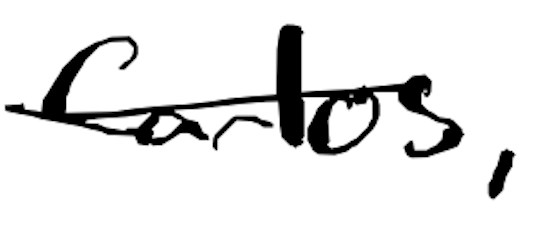
Text: Carlos,
Cross-out: single-line
Writing tool: digital_black